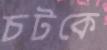
চটকে